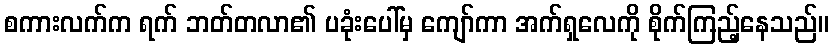
စကားလက်က ရက် ဘတ်တလာ၏ ပခုံးပေါ်မှ ကျော်ကာ အက်ရှလေကို စိုက်ကြည့်နေသည်။